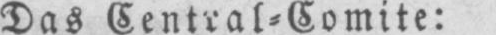
Das Central⸗Comite: